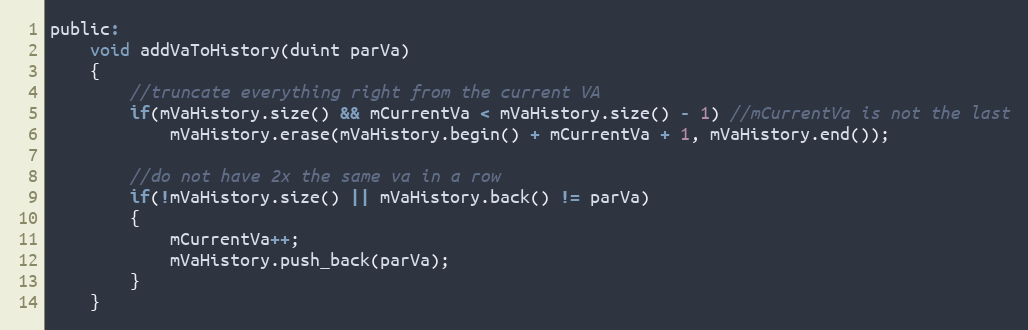
Language: C
public:
    void addVaToHistory(duint parVa)
    {
        //truncate everything right from the current VA
        if(mVaHistory.size() && mCurrentVa < mVaHistory.size() - 1) //mCurrentVa is not the last
            mVaHistory.erase(mVaHistory.begin() + mCurrentVa + 1, mVaHistory.end());

        //do not have 2x the same va in a row
        if(!mVaHistory.size() || mVaHistory.back() != parVa)
        {
            mCurrentVa++;
            mVaHistory.push_back(parVa);
        }
    }